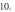
10$$.